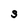
Character: S